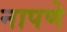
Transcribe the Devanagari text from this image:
नापणे